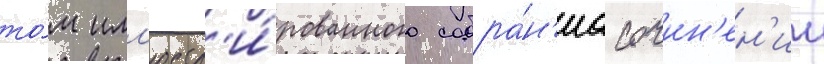
то́м илл'юстр'и́рованного собра́н'иа сочин'ен'ии